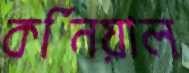
কর্নিয়াল